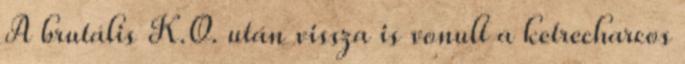
A brutális K.O. után vissza is vonult a ketrecharcos